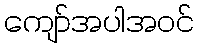
ကျော်အပါအဝင်